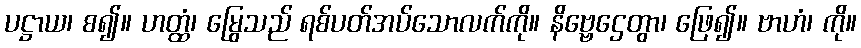
ပဋ္ဌာယ၊ စ၍။ ဟတ္ထံ၊ မြွေသည် ရစ်ပတ်အပ်သောလက်ကို။ နိဗ္ဗေဌေတွာ၊ ဖြေ၍။ ဗာဟံ၊ ကို။